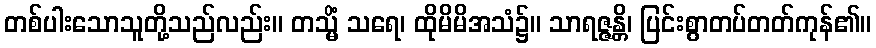
တစ်ပါးသောသူတို့သည်လည်း။ တသ္မိံ သရေ၊ ထိုမိမိအသံ၌။ သာရဇ္ဇန္တိ၊ ပြင်းစွာတပ်တတ်ကုန်၏။